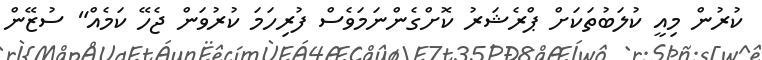
ކުރުން މިއީ ކުލަބުތަކަށް ޕްރެޝަރު ކޮށްގެންނަމަވެސް ފުރިހަމަ ކުރުވަން ޖެހޭ ކަމެއް" ސުޒޭން